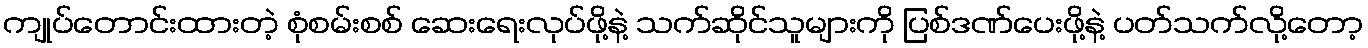
ကျုပ်တောင်းထားတဲ့ စုံစမ်းစစ် ဆေးရေးလုပ်ဖို့နဲ့ သက်ဆိုင်သူများကို ပြစ်ဒဏ်ပေးဖို့နဲ့ ပတ်သက်လို့တော့